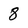
Character: 8